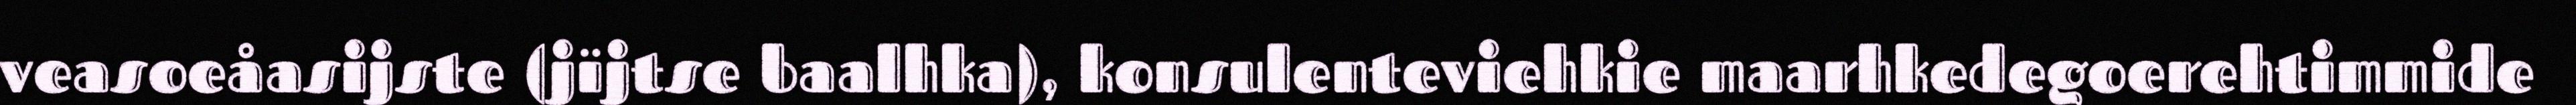
veasoeåasijste (jïjtse baalhka), konsulenteviehkie maarhkedegoerehtimmide